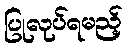
ပြုလုပ်ရမည့်